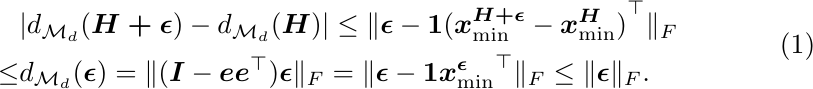
\begin{equation}
	\begin{aligned}
		&|d_{\mathcal{M}_d}(\boldsymbol{H+\epsilon}) - d_{\mathcal{M}_d}(\boldsymbol{H})|
		\leq\Vert \boldsymbol{\epsilon} -\boldsymbol{1}{(\boldsymbol{x}^{\boldsymbol{H+\epsilon}}_{\min}-\boldsymbol{x}^{\boldsymbol{H}}_{\min})}^\top \Vert_F \\
		\leq &d_{\mathcal{M}_d}(\boldsymbol{\epsilon})= \Vert(\boldsymbol{I}-\boldsymbol{ee}^\top )\boldsymbol{\epsilon}\Vert_F
		= \Vert \boldsymbol{\epsilon} -\boldsymbol{1}{\boldsymbol{x}^{\boldsymbol{\epsilon}}_{\min}}^\top\Vert_F
		\leq  \Vert \boldsymbol{\epsilon} \Vert_F.
	\end{aligned}
\end{equation}